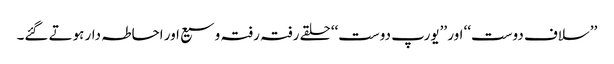
’’سلاف دوست‘‘ اور ’’یورپ دوست‘‘ حلقے رفتہ رفتہ وسیع اور احاطہ دار ہوتے گئے۔